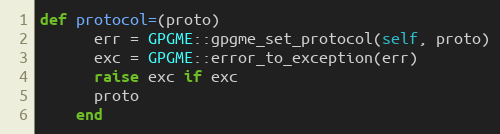
Language: Ruby
def protocol=(proto)
      err = GPGME::gpgme_set_protocol(self, proto)
      exc = GPGME::error_to_exception(err)
      raise exc if exc
      proto
    end